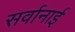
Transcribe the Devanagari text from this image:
सर्वानाई